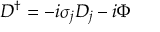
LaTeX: { \cal D } ^ { \dagger } = - i \sigma _ { j } D _ { j } - i \Phi